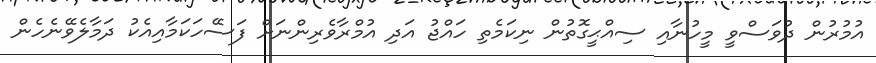
އުމުރުން ދުވަސްވީ މީހުނާއި ސިއްޙީގޮތުން ނިކަމެތި ހައްޖު އަދި އުމްރާވެރިންނަށް ފަސޭހަކަމާއިއެކު ދަމާލެވޭނެހެން